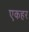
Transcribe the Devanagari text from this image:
एकहर